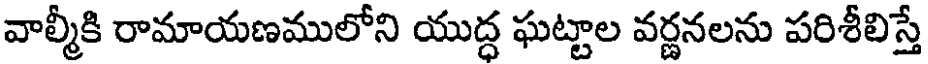
వాల్మీకి రామాయణములోని యుద్ధ ఘట్టాల వర్ణనలను పరిశీలిస్తే